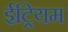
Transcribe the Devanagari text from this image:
ईट्रियम